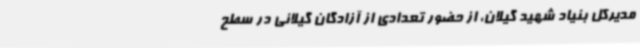
مدیرکل بنیاد شهید گیلان، از حضور تعدادی از آزادگان گیلانی در سطح